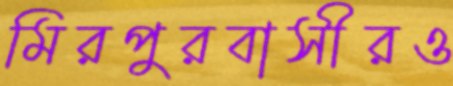
মিরপুরবাসীরও